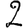
Digit: 2